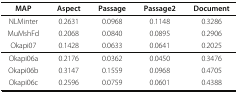
| MAP | Aspect | Passage | Passage2 | Document |
 | --- | --- | --- | --- | --- |
 | NLMinter | 0.2631 | 0.0968 | 0.1148 | 0.3286 |
 | MuMshFd | 0.2068 | 0.0840 | 0.0895 | 0.2906 |
 | Okapi07 | 0.1428 | 0.0633 | 0.0641 | 0.2025 |
 | Okapi06a | 0.2176 | 0.0362 | 0.0450 | 0.3476 |
 | Okapi06b | 0.3147 | 0.1559 | 0.0968 | 0.4705 |
 | Okapi06c | 0.2596 | 0.0759 | 0.0601 | 0.4388 |